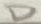
Text: D